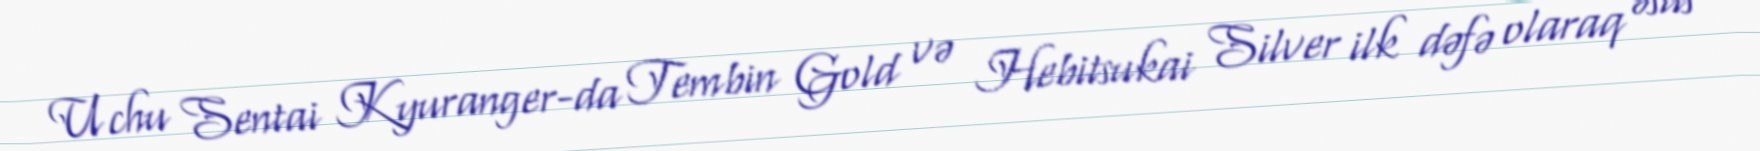
Uchu Sentai Kyuranger-da Tembin Gold və Hebitsukai Silver ilk dəfə olaraq əsas